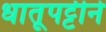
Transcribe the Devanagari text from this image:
धातूपट्टीने